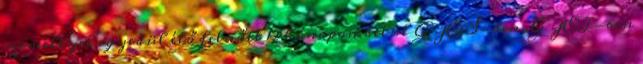
személlyel egyedül élő felnőtt 12 hónapon belül GYES-ben, GYET-ben